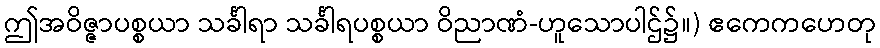
ဤအဝိဇ္ဇာပစ္စယာ သင်္ခါရာ သင်္ခါရပစ္စယာ ဝိညာဏံ-ဟူသောပါဌ်၌။) ဧကေကဟေတု